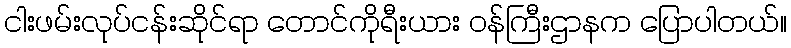
ငါးဖမ်းလုပ်ငန်းဆိုင်ရာ တောင်ကိုရီးယား ဝန်ကြီးဌာနက ပြောပါတယ်။